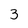
Character: 3